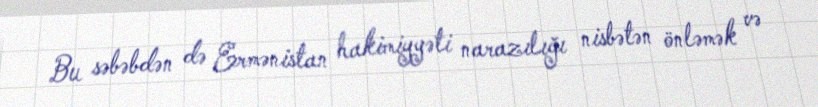
Bu səbəbdən də Ermənistan hakimiyyəti narazılığı nisbətən önləmək və